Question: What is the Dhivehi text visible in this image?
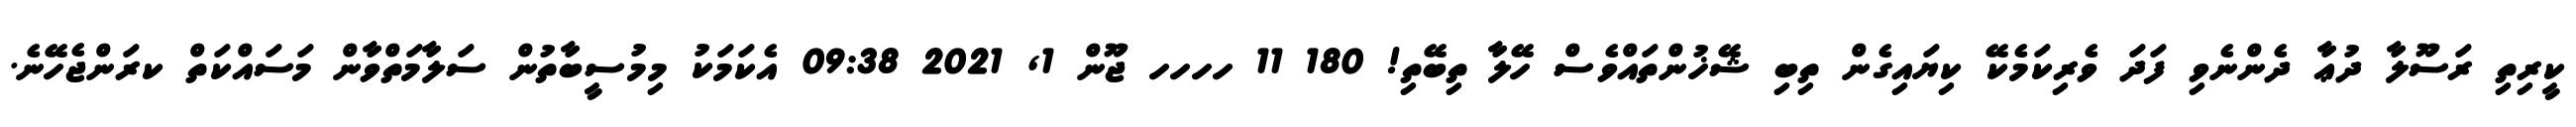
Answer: ކީރިތި ރަސޫލާ ދުޢާ ދެންނެވި ފަދަ ވެރިކަމެކޭ ކިޔައިގެން ތިބި ޝޭޚުންތައްވެސް ހޭލާ ތިބޭތި! 180 11 ހހހހ ޖޫން 1, 2021 09:38 އެކަމަކު މިމުސީބާތުން ސަލާމަތްވާން މަސައްކަތް ކރަންޖެހޭނެ.